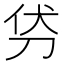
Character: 𭃜